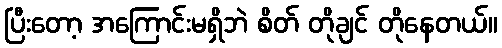
ပြီးတော့ အကြောင်းမရှိဘဲ စိတ် တိုချင် တိုနေတယ်။